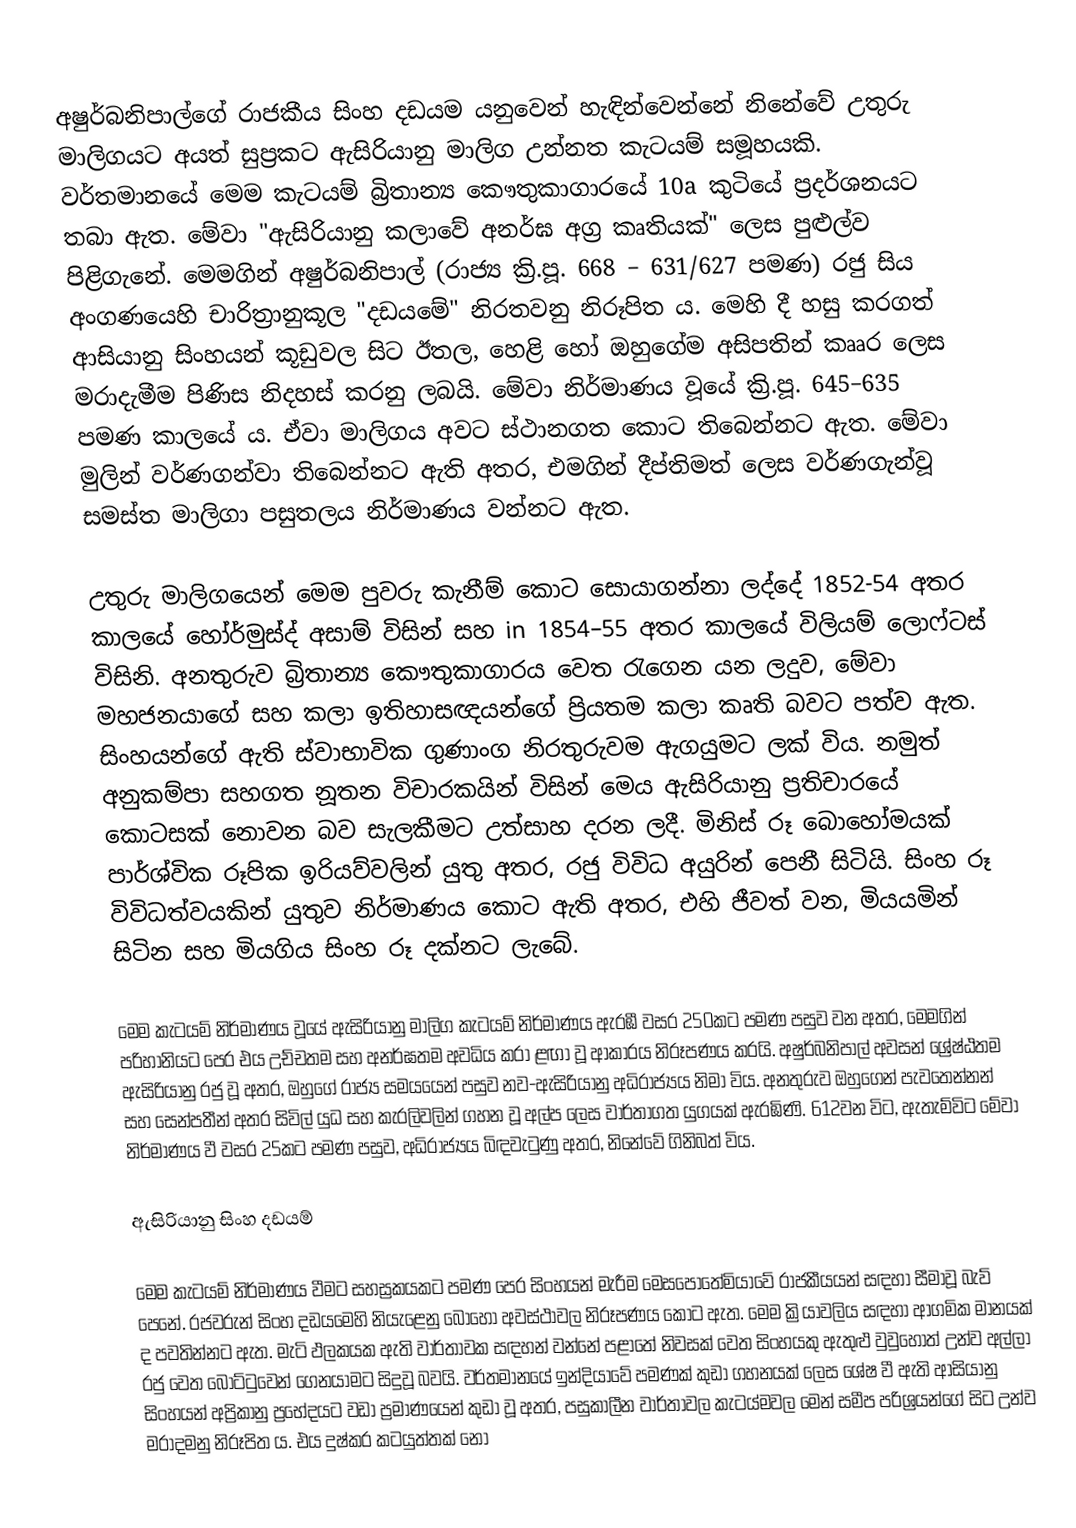
අෂුර්බනිපාල්ගේ රාජකීය සිංහ දඩයම යනුවෙන් හැඳින්වෙන්නේ නිනේවේ උතුරු මාලිගයට අයත් සුප්‍රකට ඇසිරියානු මාලිග උන්නත කැටයම් සමූහයකි. වර්තමානයේ මෙම කැටයම් බ්‍රිතාන්‍ය කෞතුකාගාරයේ 10a කුටියේ ප්‍රදර්ශනයට තබා ඇත. ‍මේවා "ඇසිරියානු කලාවේ අනර්ඝ අග්‍ර කෘතියක්" ලෙස පුළුල්ව පිළිගැනේ. මෙමගින් අෂුර්බනිපාල් (රාජ්‍ය ක්‍රි.පූ. 668 – 631/627 පමණ) රජු සිය අංගණයෙහි චාරිත්‍රානුකූල "දඩයමේ" නිරතවනු නිරූපිත ය. මෙහි දී හසු කරගත් ආසියානු සිංහයන් කූඩුවල සිට ඊතල, හෙළි හෝ ඔහුගේම අසිපතින් කෲර ලෙස මරාදැමීම පිණිස නිදහස් කරනු ලබයි.  මේවා නිර්මාණය වූයේ ක්‍රි.පූ. 645–635 පමණ කාලයේ ය. ඒවා මාලිගය අවට ස්ථානගත කොට තිබෙන්නට ඇත. මේවා මුලින් වර්ණගන්වා තිබෙන්නට ඇති අතර, එමගින් දීප්තිමත් ලෙස වර්ණගැන්වූ සමස්ත මාලිගා පසුතලය නිර්මාණය වන්නට ඇත.

උතුරු මාලිගයෙන් මෙම පුවරු කැනීම් කොට සොයාගන්නා ලද්දේ 1852-54 අතර කාලයේ හෝර්මුස්ද් අසාම් විසින් සහ in 1854–55 අතර කාලයේ විලියම් ලොෆ්ටස් විසිනි. අනතුරුව බ්‍රිතාන්‍ය කෞතුකාගාරය වෙත රැගෙන යන ලදුව, මේවා මහජනයාගේ සහ කලා ඉතිහාසඥයන්ගේ ප්‍රියතම කලා කෘති බවට පත්ව ඇත. සිංහයන්ගේ ඇති ස්වාභාවික ගුණාංග නිරතුරුවම ඇගයුමට ලක් විය. නමුත් අනුකම්පා සහගත නූතන විචාරකයින් විසින් මෙය ඇසිරියානු ප්‍රතිචාරයේ කොටසක් නොවන බව සැලකීමට උත්සාහ දරන ලදී. මිනිස් රූ බොහෝමයක් පාර්ශ්වික රූපික ඉරියව්වලින් යුතු අතර, රජු විවිධ අයුරින් පෙනී සිටියි. සිංහ රූ විවිධත්වයකින් යුතුව නිර්මාණය කොට ඇති අතර, එහි ජීවත් වන, මියයමින් සිටින සහ මියගිය සිංහ රූ දක්නට ලැබේ.

මෙම කැටයම් නිර්මාණය වූයේ ඇසිරියානු මාලිග කැටයම් නිර්මාණය ඇරඹී වසර 250කට පමණ පසුව වන අතර, මෙමගින් පරිහානියට පෙර එය උච්චතම සහ අනර්ඝතම අවධිය කරා ළඟා වූ ආකාරය නිරූපණය කරයි. අෂුර්බනිපාල් අවසන් ශ්‍රේෂ්ඨතම ඇසිරියානු රජු වූ අතර, ඔහුගේ රාජ්‍ය සමයයෙන් පසුව නව-ඇසිරියානු අධිරාජ්‍යය නිමා විය. අනතුරුව ඔහුගෙන් පැවතෙන්නන් සහ සෙන්පතීන් අතර සිවිල් යුධ සහ කැරලිවලින් ගහන වූ අල්ප ලෙස වාර්තාගත යුගයක් ඇරඹිණි. 612වන විට, ඇතැම්විට මේවා නිර්මාණය වී වසර 25කට පමණ පසුව, අධිරාජ්‍යය බිඳවැටුණු අතර, නිනේවේ ගිනිබත් විය.

ඇසිරියානු සිංහ දඩයම්

මෙම කැටයම් නිර්මාණය වීමට සහස්‍රකයකට පමණ පෙර සිංහයන් මැරීම මෙසපොතේමියාවේ රාජකීයයන් සඳහා සීමාවූ බැව් පෙනේ. රජවරුන් සිංහ දඩයමෙහි නියැළෙනු බොහෝ අවස්ථාවල නිරූපණය කොට ඇත. මෙම ක්‍රියාවලිය සඳහා ආගමික මානයක් ද පවතින්නට ඇත. මැටි ඵලකයක ඇති වාර්තාවක සඳහන් වන්නේ පළාතේ නිවසක් වෙත සිංහයකු ඇතුළු වුවුහොත් උන්ව අල්ලා රජු වෙත බෝට්ටුවෙන් ගෙනයාමට සිදුවූ බවයි. වර්තමානයේ ඉන්දියාවේ පමණක් කුඩා ගහනයක් ලෙස ශේෂ වී ඇති ආසියානු සිංහයන් අප්‍රිකානු ප්‍රභේදයට වඩා ප්‍රමාණයෙන් කුඩා වූ අතර, පසුකාලීන වාර්තාවල කැටය්මවල මෙන් සමීප පරිශ්‍රයන්ගේ සිට උන්ව මරාදමනු නිරූපිත ය. එය දුෂ්කර කටයුත්තක් නො